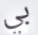
بي